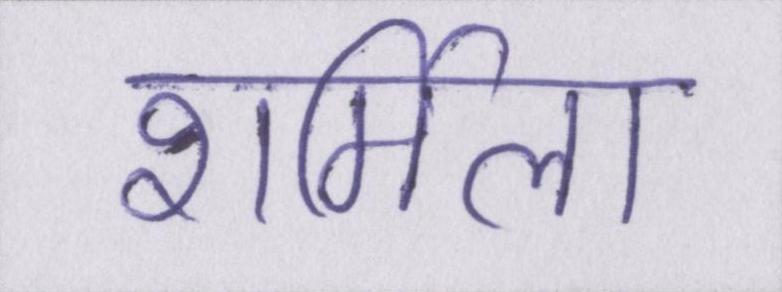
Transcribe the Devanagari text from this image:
शर्मिला